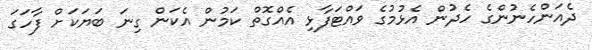
ދެއަންހެނުންގެ ހެދުން އެޅުމުގެ ވައްޓަފާޅި އެއްގޮތް ކަމުން އެކަން ގިނަ ބަޔަކަށް ފާހަގަ